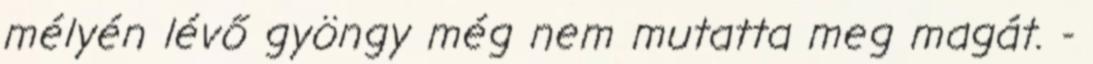
mélyén lévő gyöngy még nem mutatta meg magát. -